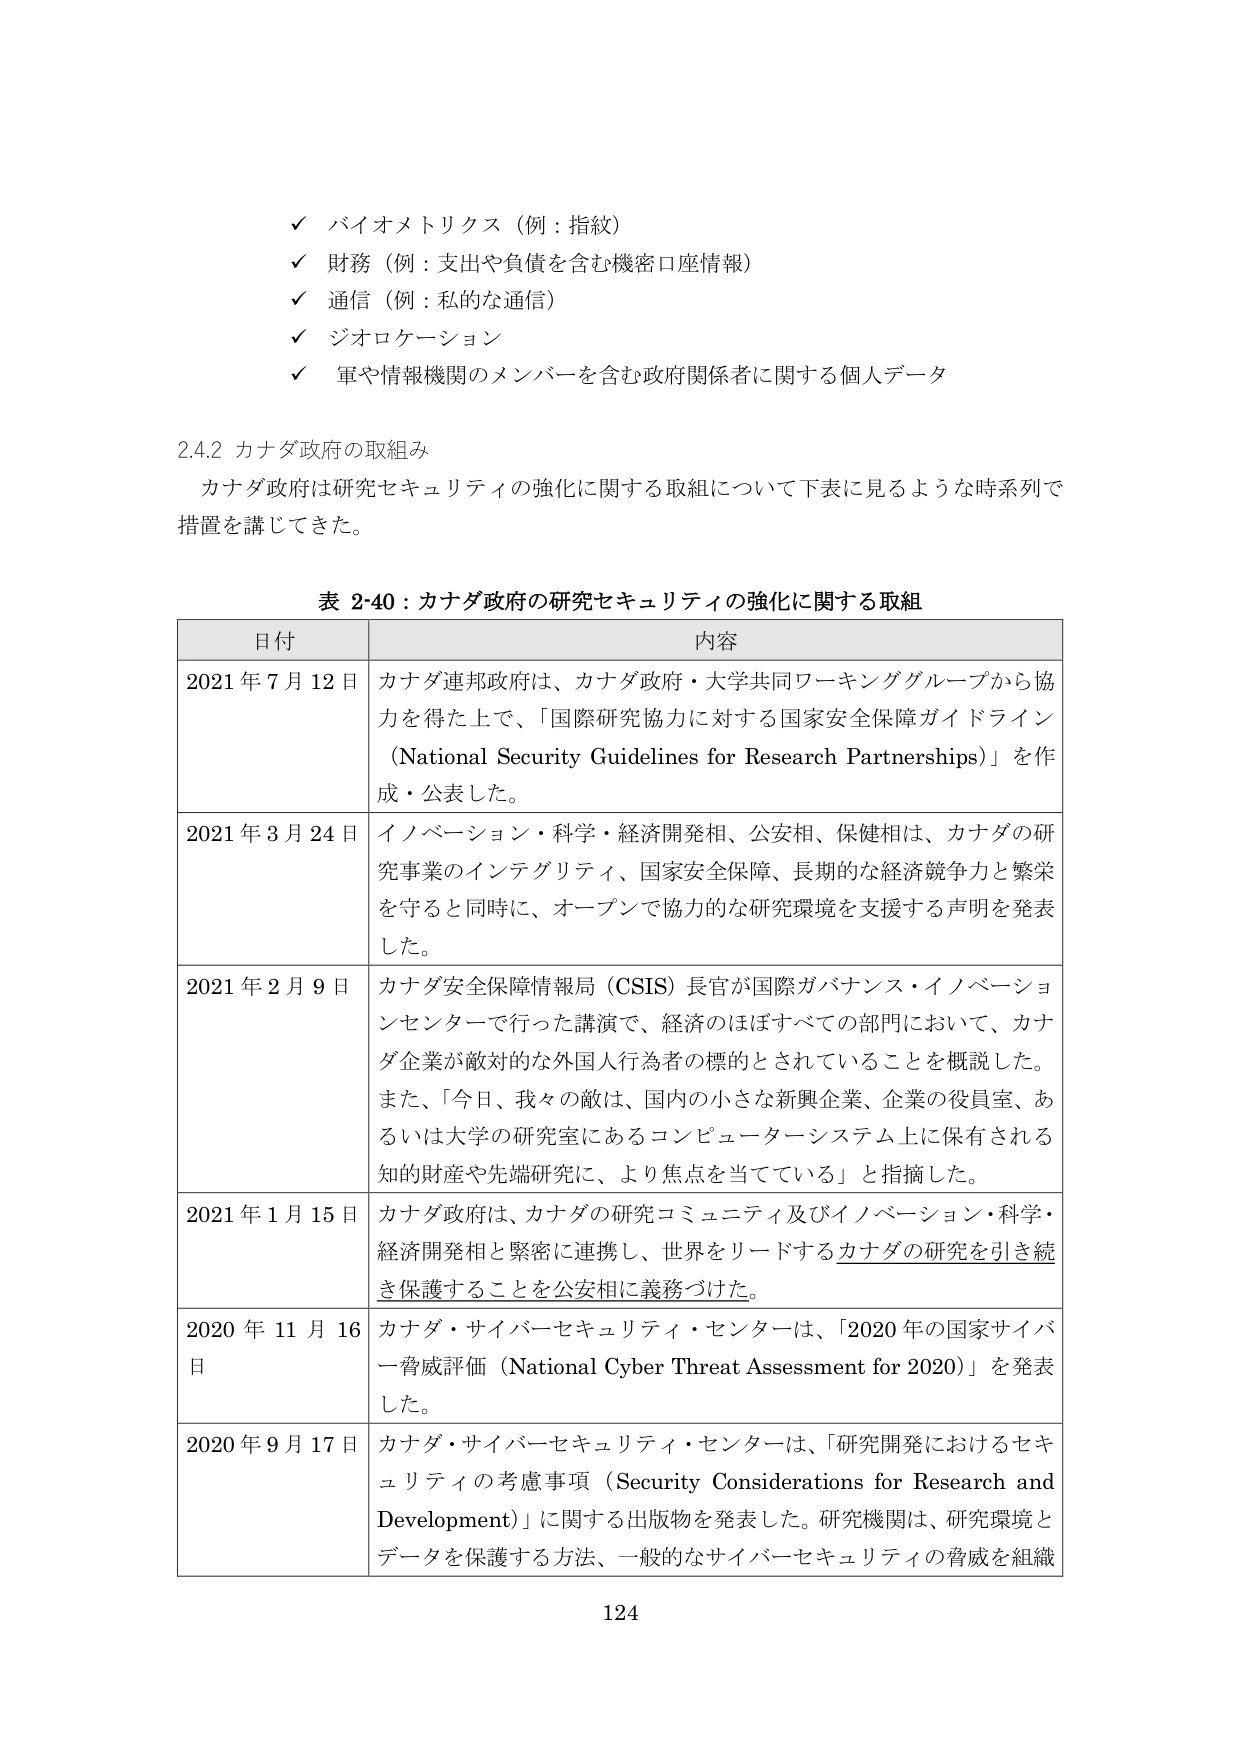
✓ バイオメトリクス（例：指紋）
✓ 財務（例：支出や負債を含む機密口座情報）
✓ 通信（例：私的な通信）
✓ ジオロケーション
✓ 軍や情報機関のメンバーを含む政府関係者に関する個人データ

2.4.2 カナダ政府の取組み
カナダ政府は研究セキュリティの強化に関する取組について下表に見るような時系列で措置を講じてきた。

表 2-40：カナダ政府の研究セキュリティの強化に関する取組

| 日付 | 内容 |
|------|------|
| 2021 年 7 月 12 日 | カナダ連邦政府は、カナダ政府・大学共同ワーキンググループから協力を得た上で、「国際研究協力に対する国家安全保障ガイドライン（National Security Guidelines for Research Partnerships）」を作成・公表した。 |
| 2021 年 3 月 24 日 | イノベーション・科学・経済開発相、公安相、保健相は、カナダの研究事業のインテグリティ、国家安全保障、長期的な経済競争力と繁栄を守ると同時に、オープンで協力的な研究環境を支援する声明を発表した。 |
| 2021 年 2 月 9 日 | カナダ安全保障情報局（CSIS）長官が国際ガバナンス・イノベーションセンターで行った講演で、経済のほぼすべての部門において、カナダ企業が敵対的な外国人行為者の標的とされていることを概説した。また、「今日、我々の敵は、国内の小さな新興企業、企業の役員室、あるいは大学の研究室にあるコンピューターシステム上に保有される知的財産や先端研究に、より焦点を当てている」と指摘した。 |
| 2021 年 1 月 15 日 | カナダ政府は、カナダの研究コミュニティ及びイノベーション・科学・経済開発相と緊密に連携し、世界をリードするカナダの研究を引き続き保護することを公安相に義務づけた。 |
| 2020 年 11 月 16 日 | カナダ・サイバーセキュリティ・センターは、「2020 年の国家サイバー脅威評価（National Cyber Threat Assessment for 2020）」を発表した。 |
| 2020 年 9 月 17 日 | カナダ・サイバーセキュリティ・センターは、「研究開発におけるセキュリティの考慮事項（Security Considerations for Research and Development）」に関する出版物を発表した。研究機関は、研究環境とデータを保護する方法、一般的なサイバーセキュリティの脅威を組織 |

124